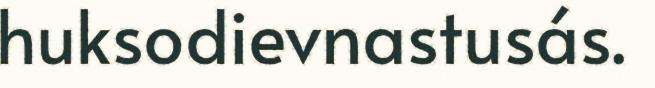
huksodievnastusás.